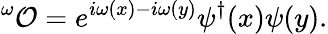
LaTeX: ^\omega{\cal O}=e^{i\omega(x)-i\omega(y)}\psi^{\dagger}(x)\psi(y).